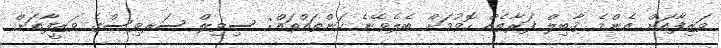
ވަޒިފާއަށް އެންމެ ޤާބިލް ފަރާތެއް ހޮވުމަށް ބެލެވޭނެ ކަންތައްތައް: ސިވިލް ސަރވިސްގެ ވަޒީފާއަށް